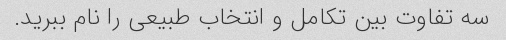
سه تفاوت بین تکامل و انتخاب طبیعی را نام ببرید.